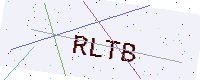
Text: RLTB